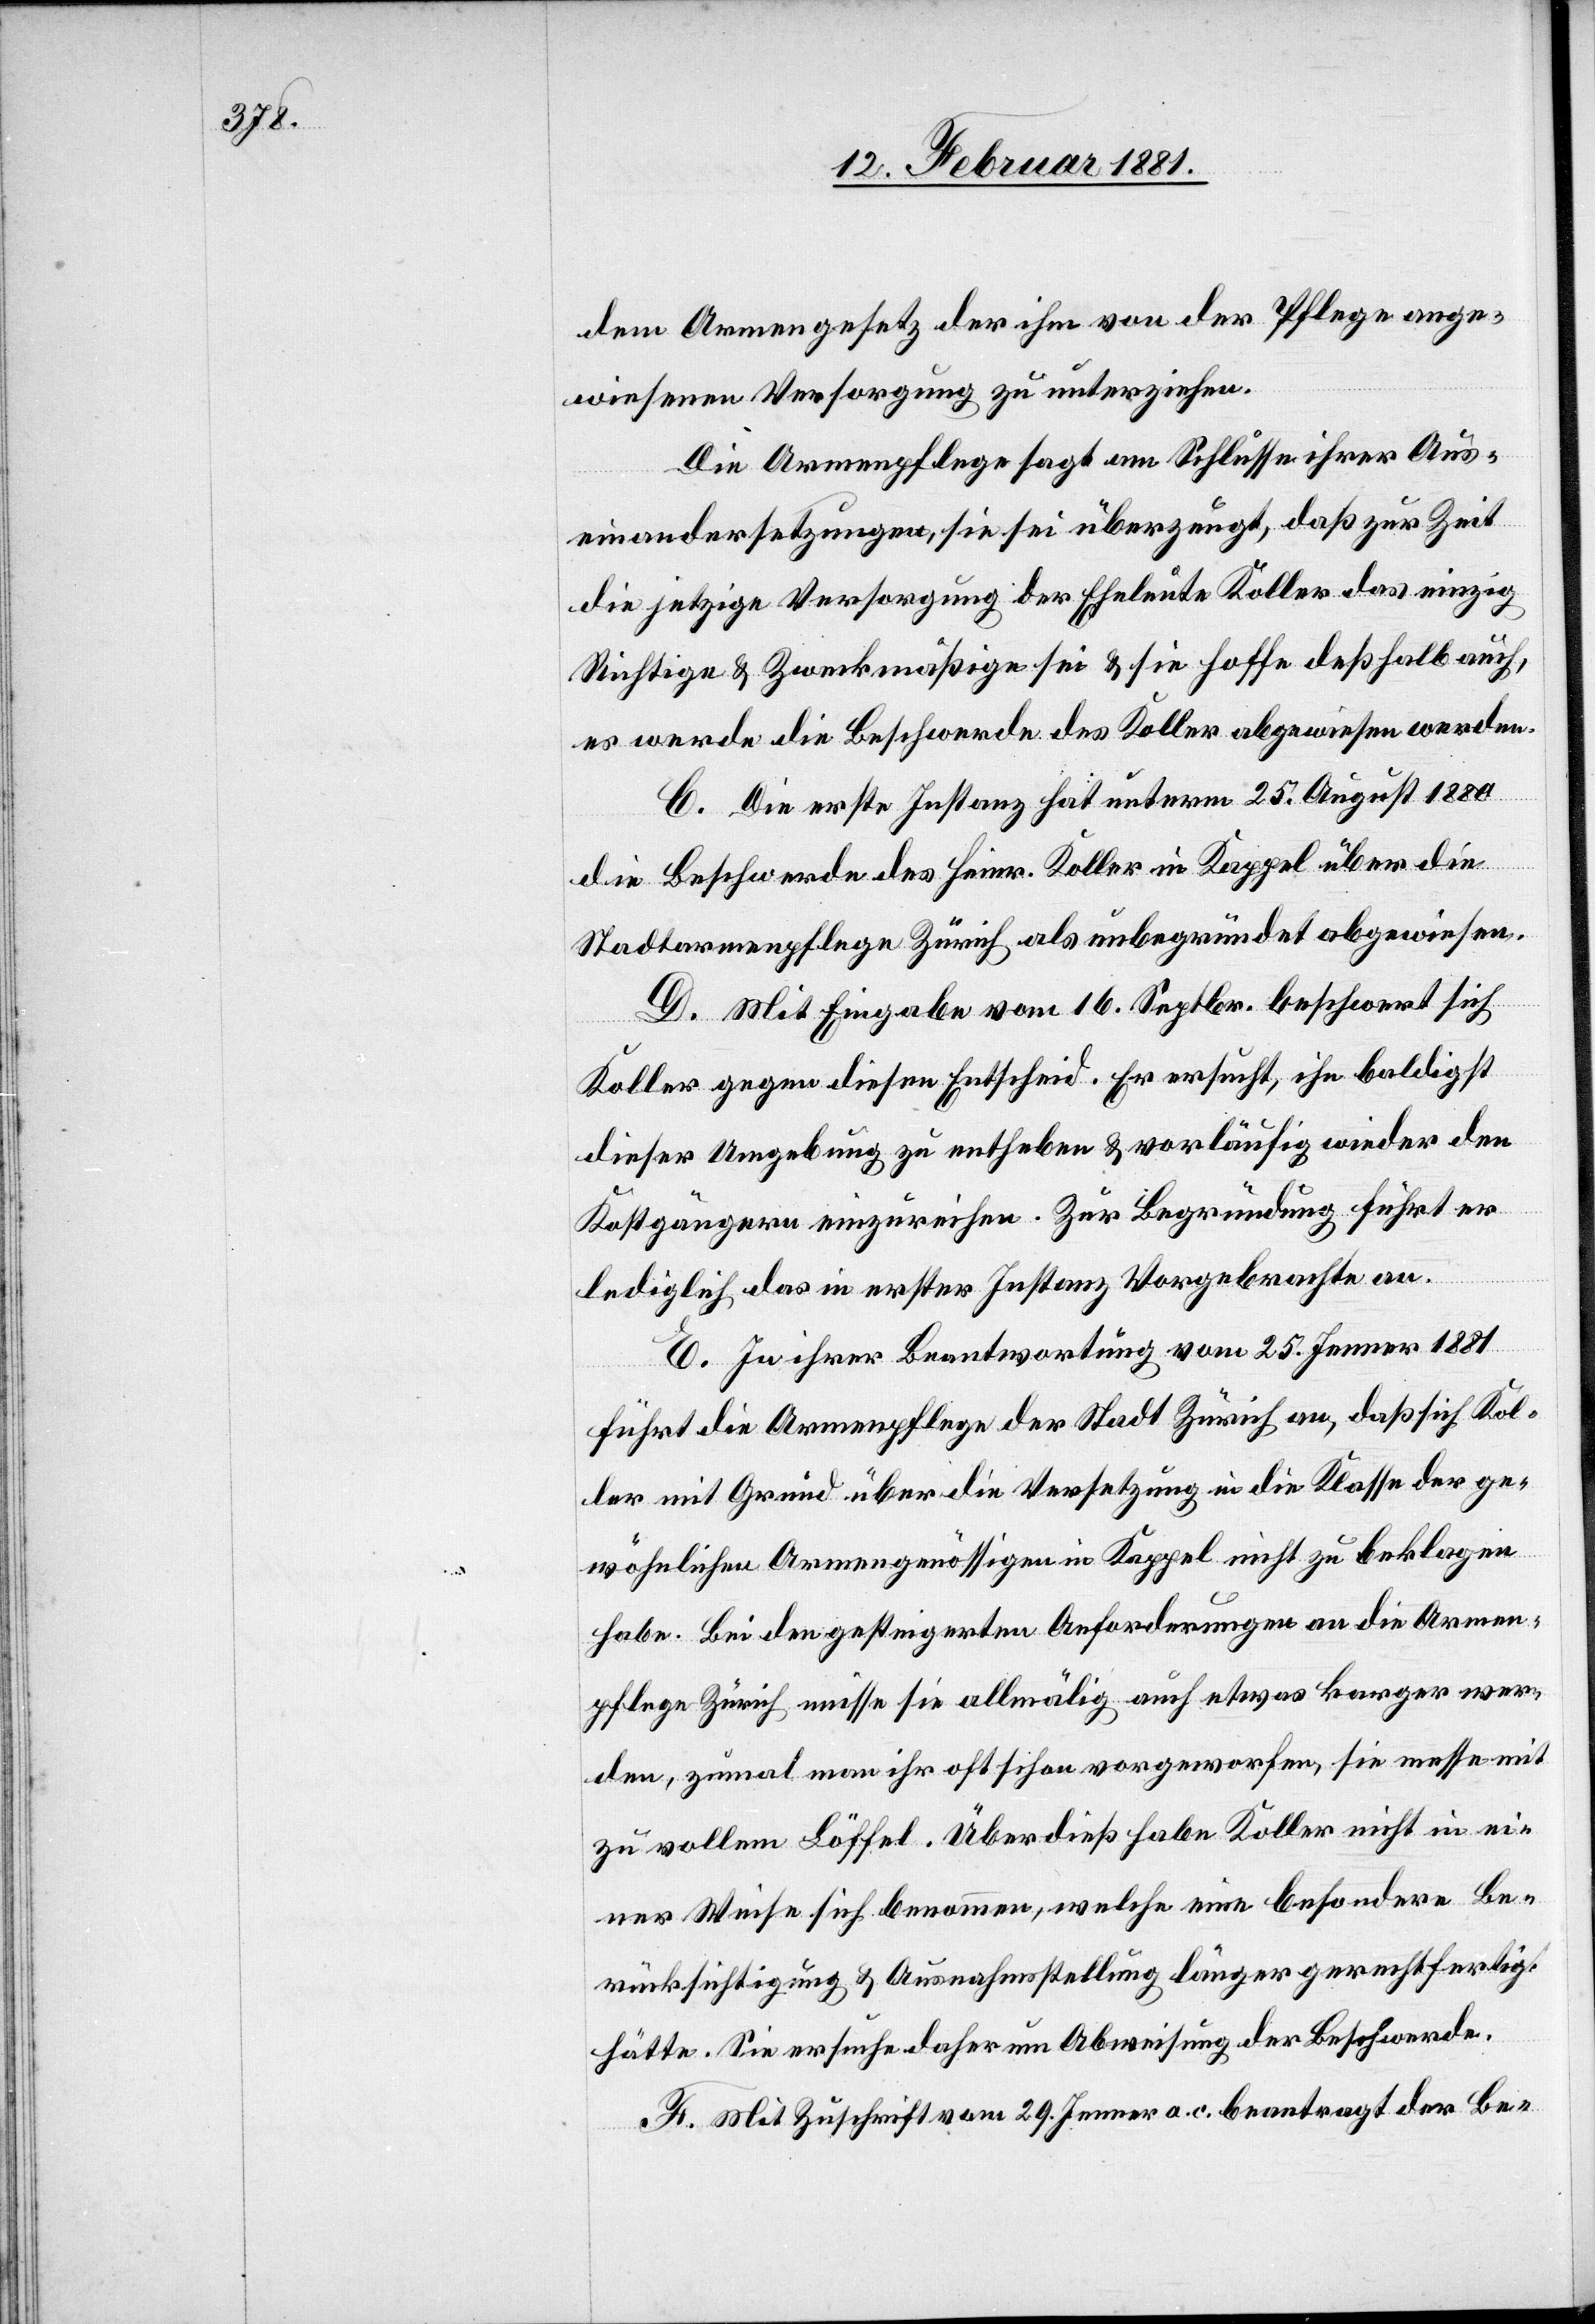
dem Armengesetz der ihm von der Pflege ange¬
wiesenen Versorgung zu unterziehen.
Die Armenpflege sagt am Schlusse ihrer Aus¬
einandersetzungen, sie sei überzeugt, daß zur Zeit
die jetzige Versorgung der Eheleute Koller das einzig
Richtige & Zweckmäßige sei & sie hoffe deßhalb auch,
es werde die Beschwerde des Koller abgewiesen werden.
C. Die erste Instanz hat unterm 25. August 1880
die Beschwerde des Heinr. Koller in Kappel über die
Stadtarmenpflege Zürich als unbegründet abgewiesen.
D. Mit Eingabe vom 16. Septbr. beschwert sich
Koller gegen diesen Entscheid. Er ersucht, ihn baldigst
dieser Umgebung zu entheben & vorläufig wieder den
Kostgängern einzureichen. Zur Begründung führt er
lediglich das in erster Instanz Vorgebrachte an.
E. In ihrer Beantwortung vom 25. Jenner 1881
führt die Armenpflege der Stadt Zürich an, daß sich Kol¬
ler mit Grund über die Versetzung in die Klasse der ge¬
wöhnlichen Armengenössigen in Kappel nicht zu beklagen
habe. Bei den gesteigerten Anforderungen an die Armen¬
pflege Zürich müsse sie allmälig auch etwas karger wer¬
den, zumal man ihr oft schon vorgeworfen, sie messe mit
zu vollem Löffel. Überdieß habe Koller nicht in ei¬
ner Weise sich benommen, welche eine besondere Be¬
rücksichtigung & Ausnahmsstellung länger gerechtfertigt
hätte. Sie ersuche daher um Abweisung der Beschwerde.
F. Mit Zuschrift vom 29. Jenner a. c. beantragt der Be-